Civil Veterinary Department. Central Provinces & Berar 1932-41 - 1932-1941
Year: 1932
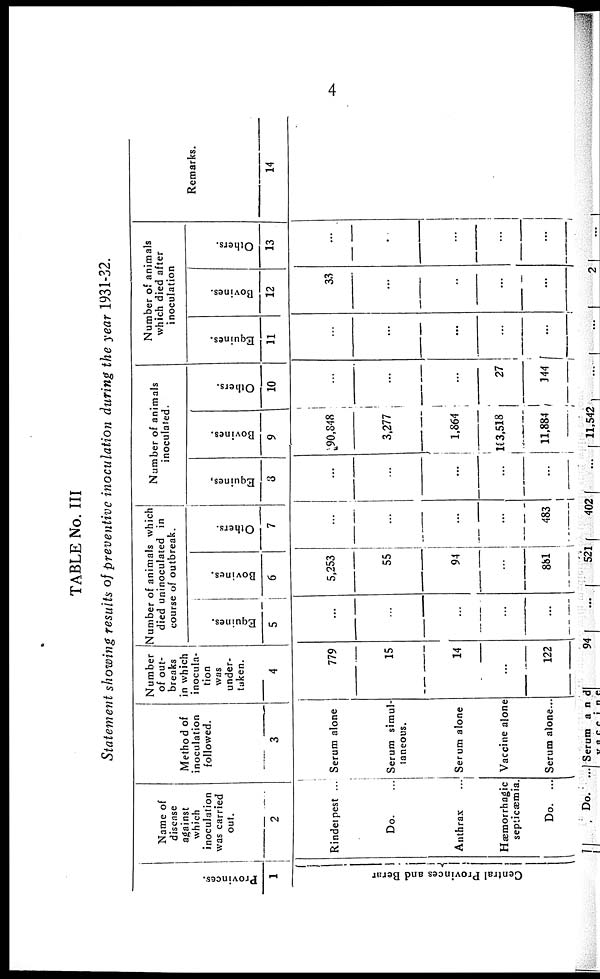
4
TABLE No. III
Statement showing results of preventive inoculation during the year 1931-32.
Pr ovi nces .
1
Central Provinces and Berar
Name of
disease
against
which
inoculation
was carried
out.
2
Rindetpest ...
Do. ...
Anthrax ...
Hæmorrhagic
septicæmia.
Do. ...
Method of
inoculation
followed.
3
Serum alone
Serum simul-
taneous.
Serum alone
Vaccine alone
Serum alone...
Number
of out-
breaks
in which
inocula-
tion
was
under-
taken.
4
779
15
14
...
122
Number of animals which
died uninoculated in
course of outbreak.
Equi nes .
5
...
...
...
...
...
Bovi nes .
6
5,253
55
94
...
881
Ot her s .
7
...
...
...
...
483
Number of animals
inoculated.
Equi nes .
8
...
...
...
...
...
Bovi nes .
9
90,848
3,277
1,864
103,518
11,884
Ot her s .
10
...
...
...
27
144
Number of animals
which died after
inoculation
Equi nes .
11
...
...
...
...
...
Bovi nes .
12
33
...
..
...
...
Ot her s .
13
...
...
...
...
...
Remarks.
14